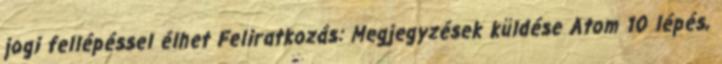
jogi fellépéssel élhet Feliratkozás: Megjegyzések küldése Atom 10 lépés,